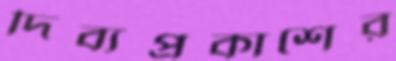
দিব্যপ্রকাশের